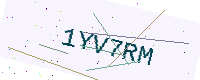
Text: 1YV7RM